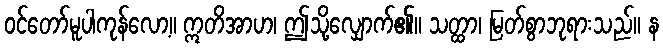
ဝင်တော်မူပါကုန်လော့။ ဣတိအာဟ၊ ဤသို့လျှောက်၏။ သတ္ထာ၊ မြတ်စွာဘုရားသည်။ န